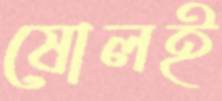
ষোলই